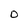
Character: 0